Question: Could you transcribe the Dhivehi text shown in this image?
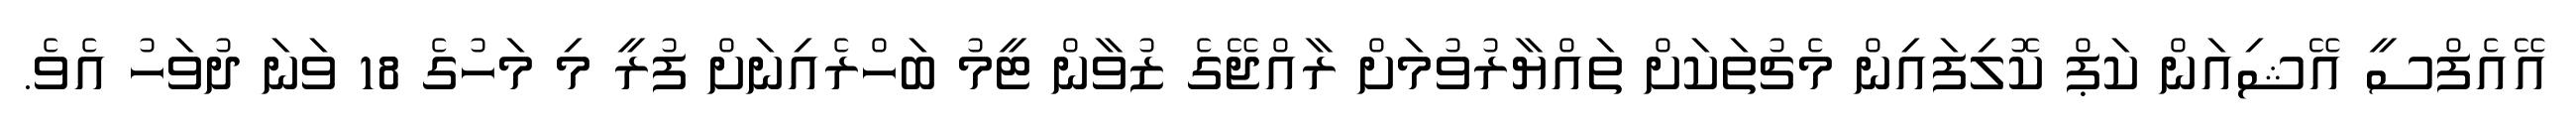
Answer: އޭއެފްސީ އޭޝިއަން ކަޕް ކޮލިފައިން މެޗުތަކަށް ތައްޔާރުވުމަށް ރާއްޖޭގެ ޒުވާން ޓީމު ބަހްރެއިނަށް ފުރީ މި މަހުގެ 18 ވަނަ ދުވަހު އެވެ.